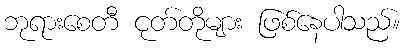
ဘုရားစေတီ ငုတ်တိုများ ဖြစ်နေပါသည်။